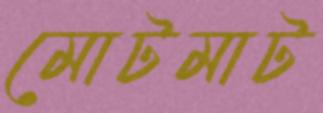
মোটমাট